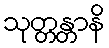
သုတ္တန္တာနိ